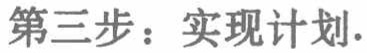
第三步：实现计划.